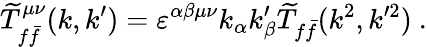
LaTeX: {\widetilde T}_{f\bar{f}}^{\mu\nu}(k,k^{\prime})=\varepsilon^{\alpha\beta\mu\nu}k_{\alpha}k_{\beta}^{\prime}{\widetilde T}_{f\bar{f}}(k^{2},k^{\prime 2})~.